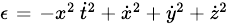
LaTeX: \scriptstyle\epsilon\; =\; -x^{2}\, {\dot{t}}^{2}\, +\, {\dot{x}}^{2}\, +\, {\dot{y}}^{2}\, +\, {\dot{z}}^{2}